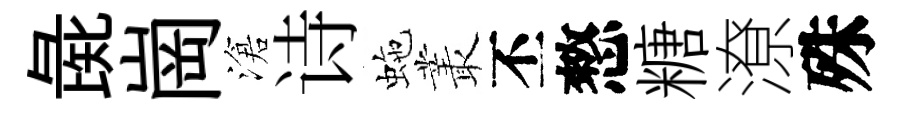
彘崗滄诗虵叢丕憗糖潦殊